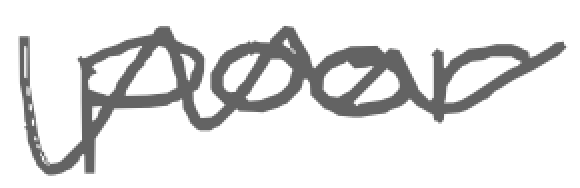
Text: poor
Cross-out: wave
Writing tool: digital_gray